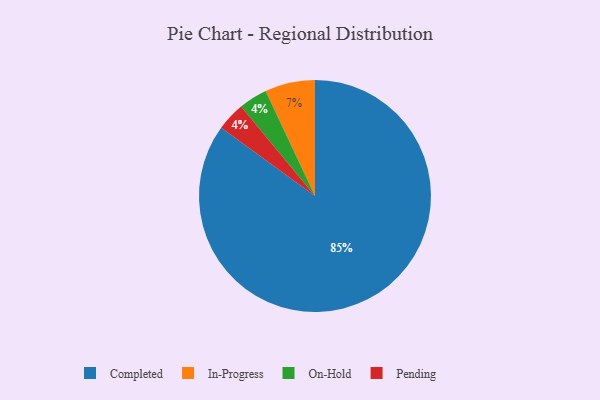
{"axis": {"x": "Category", "y": "Percentage"}, "legend": ["Completed", "In-Progress", "On-Hold", "Pending"], "data": [{"x": "On-Hold", "y": 4, "type": "On-Hold"}, {"x": "In-Progress", "y": 7, "type": "In-Progress"}, {"x": "Completed", "y": 85, "type": "Completed"}, {"x": "Pending", "y": 4, "type": "Pending"}]}